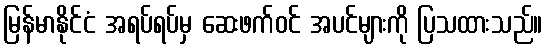
မြန်မာနိုင်ငံ အရပ်ရပ်မှ ဆေးဖက်ဝင် အပင်များကို ပြသထားသည်။